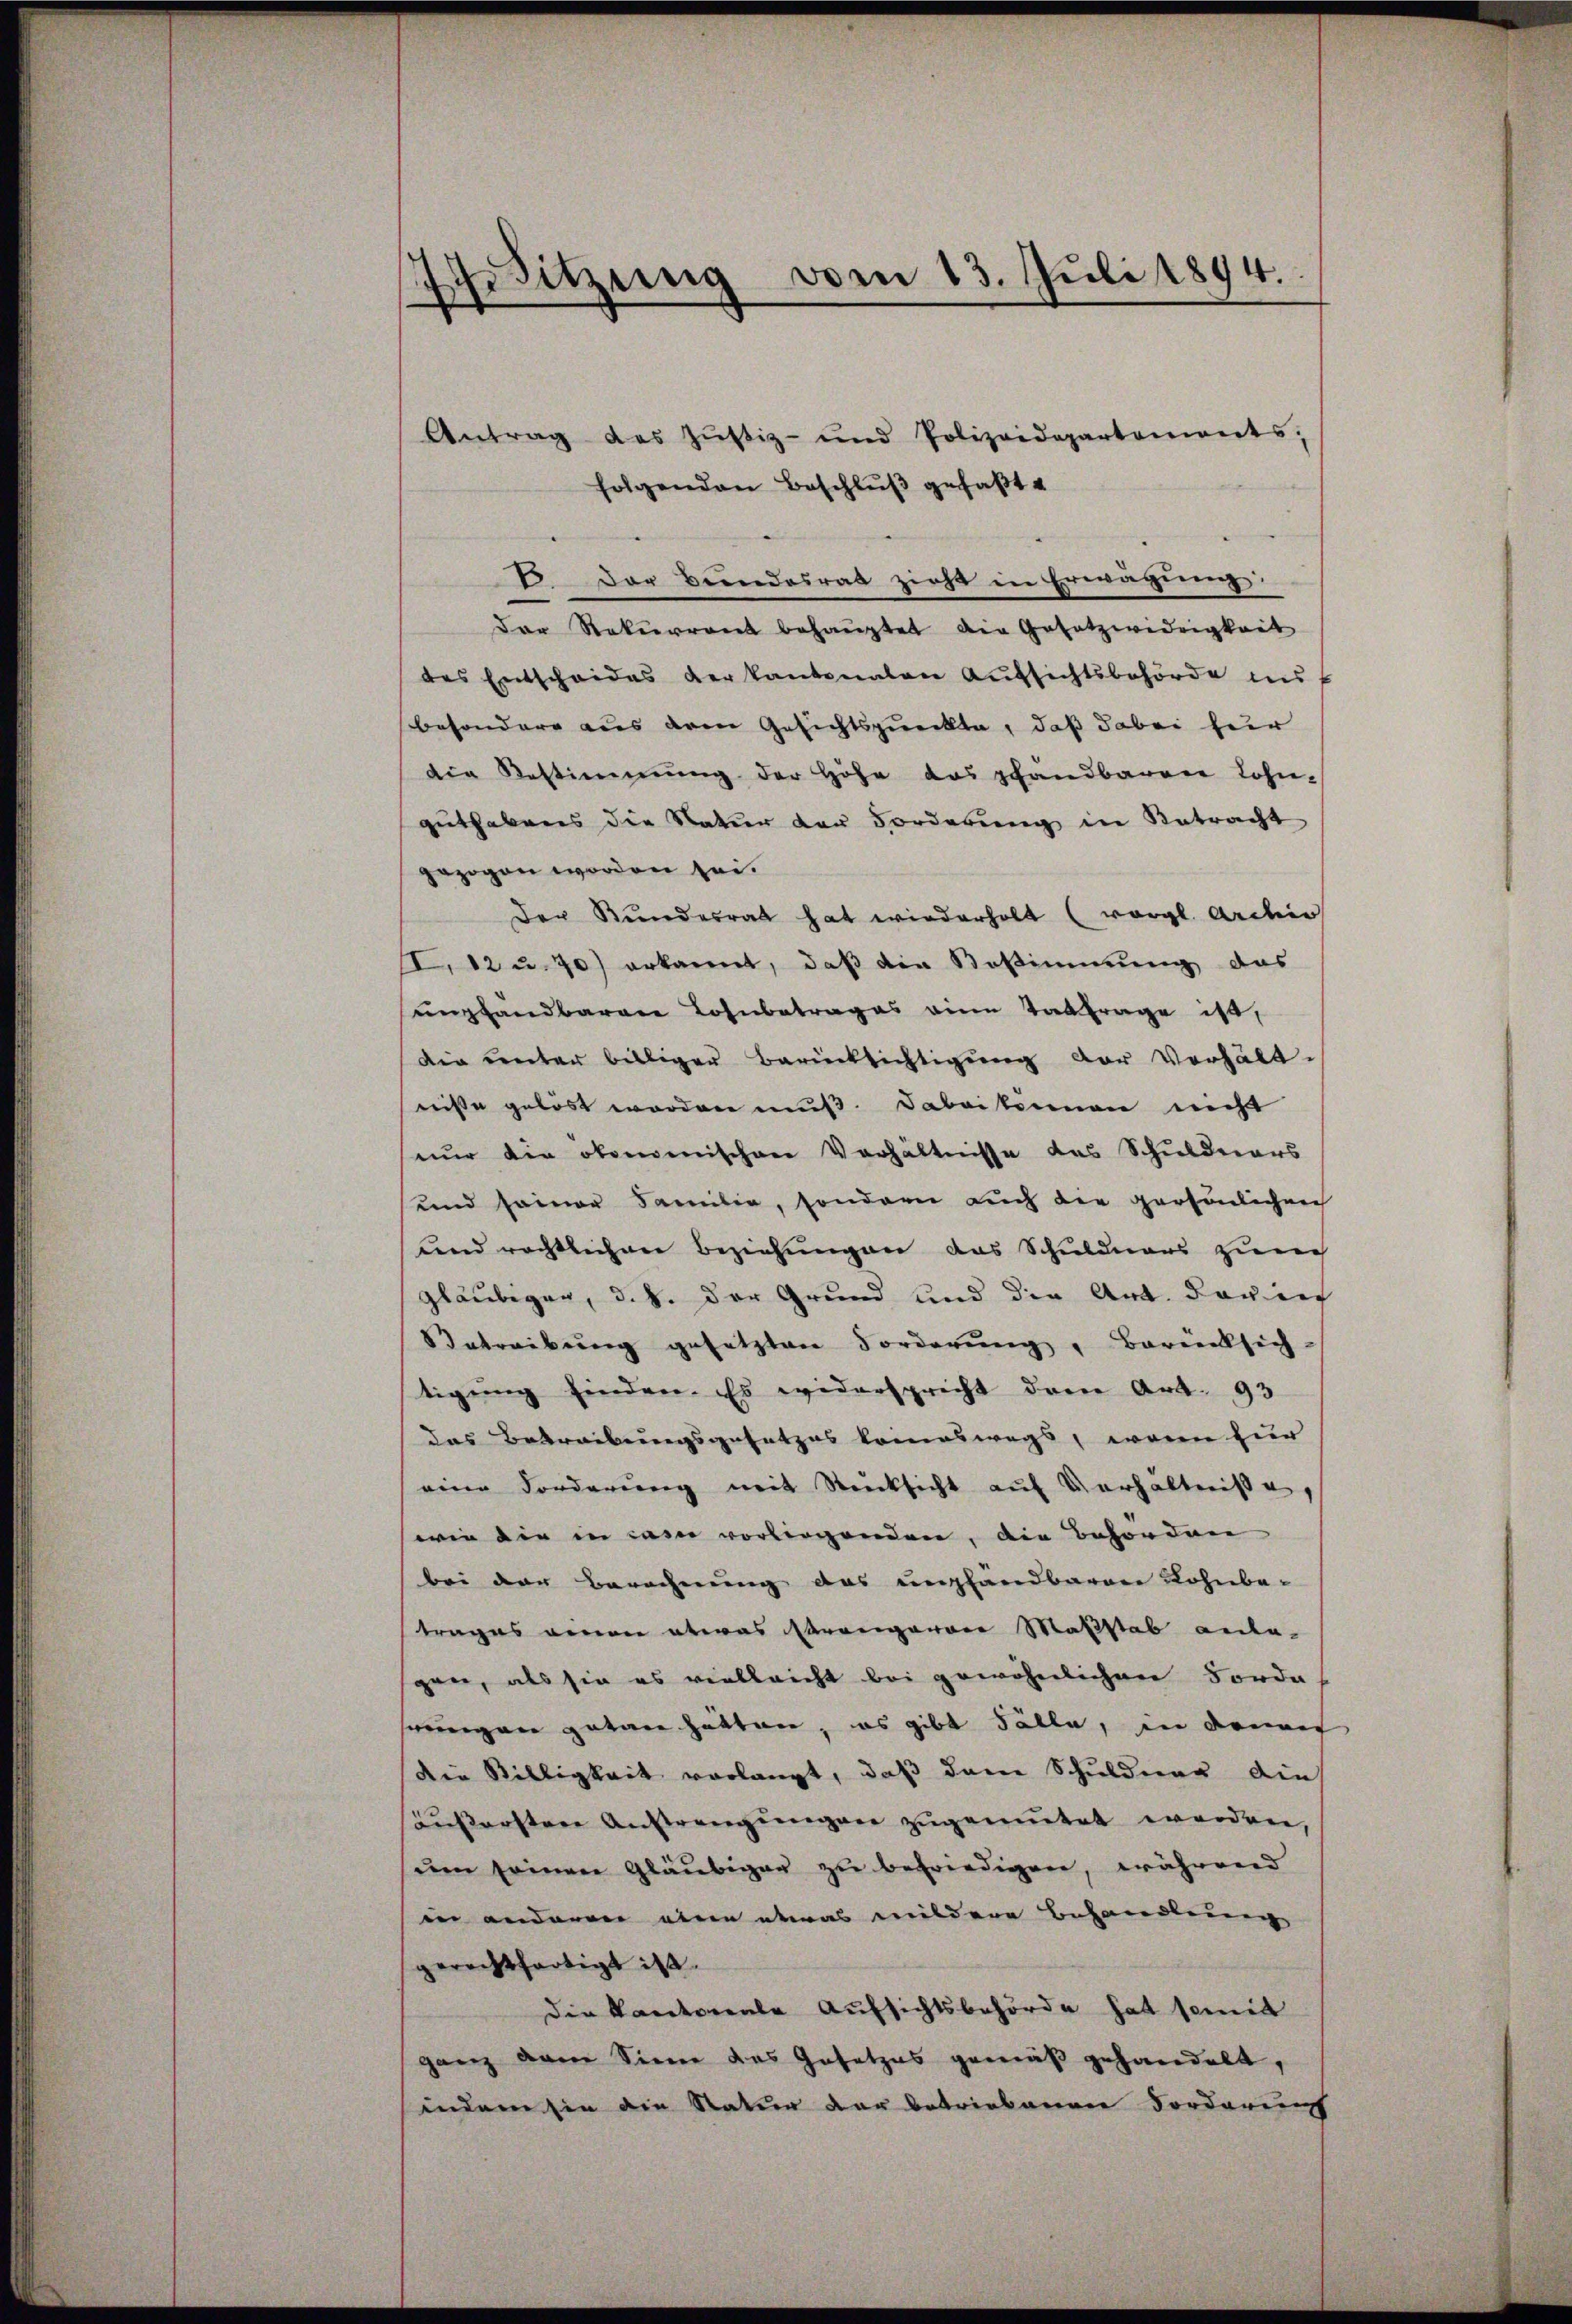
ZSitzung vom 13. Juli 1894.

Antrag des Justiz- und Polizeidepartements,
folgenden Beschlŭβ gefaßte
E. Der Bundesrat zieht in Erwägung.
Der Rekurrent behaŭptet die Gesetzwidrigkeit
des Entscheides der kantonalen Aufsichtsbehörde ins f
besondere aus dem Gesichtspunckte, daß dabei zur
die Bestimmung der Höhe das pfandbaren Lohn-
guthabens die Natur der Forderŭng in Retracht
gezogen worden sei.
Der Kundesrath hat wiederholt (vergl. Archiv
I12 u. 70) erkannt, daß die Bestimmung das
umpfandbarere Lohnbetrages eine Tatfrage ist,
die unter billiger Berücksichtigŭng der Verhält-
nisse gelöst worden muß. Dabeikommen nicht
nur die oberenischen Verhältnisse des Schuldners
und seiner Familie, sondern auch die persönlichen
und rechtlichen Beziehungen das Schuldners zum
gläubigen, d. J. der Grund und die Art. Darin
Betreibŭng gesetzten Forderung, Berücksich
tigung finden. Es widersprecht drei Art. 93
das Betreibungsgesetzes kommeswegs, wenn zur
eine Forderung mit Rücksicht auf Verhältniße,
wie die in das vorbergenden, die Behörden
bei der Berechnung des unglandbaren Lohnbe-
trages wenn etwas strengarrer Maßstab anlagen, als sie es vielleicht bei gewöhnlichen Forde
jeingen getan hätten, es gibt Fälle, in deman
die Willigkeit verlangt, daß den Schuldner die
säußerstere Anstrengungen zugemutet worden,
um seinen Gläubiger zu befriedigen, während
in anderen eine etwas mildere Behandlung
gerechtfertigt ist.
die Kantonale Aufsichtsbehörde hat semit
ganz dem Sinne das Gesetzes gemäß gehandelt,
indem sie die Natur der betriebenen Forderung